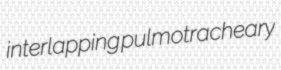
interlapping pulmotracheary